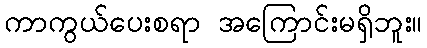
ကာကွယ်ပေးစရာ အကြောင်းမရှိဘူး။